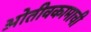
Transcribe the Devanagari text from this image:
ओतीवकामाची